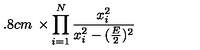
\makebox [ 2 . 8 c m ] { } \times \prod _ { i = 1 } ^ { N } \frac { x _ { i } ^ { 2 } } { x _ { i } ^ { 2 } - ( \frac { E } { 2 } ) ^ { 2 } }